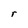
Character: r